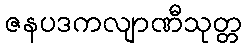
ဇနပဒကလျာဏီသုတ္တ